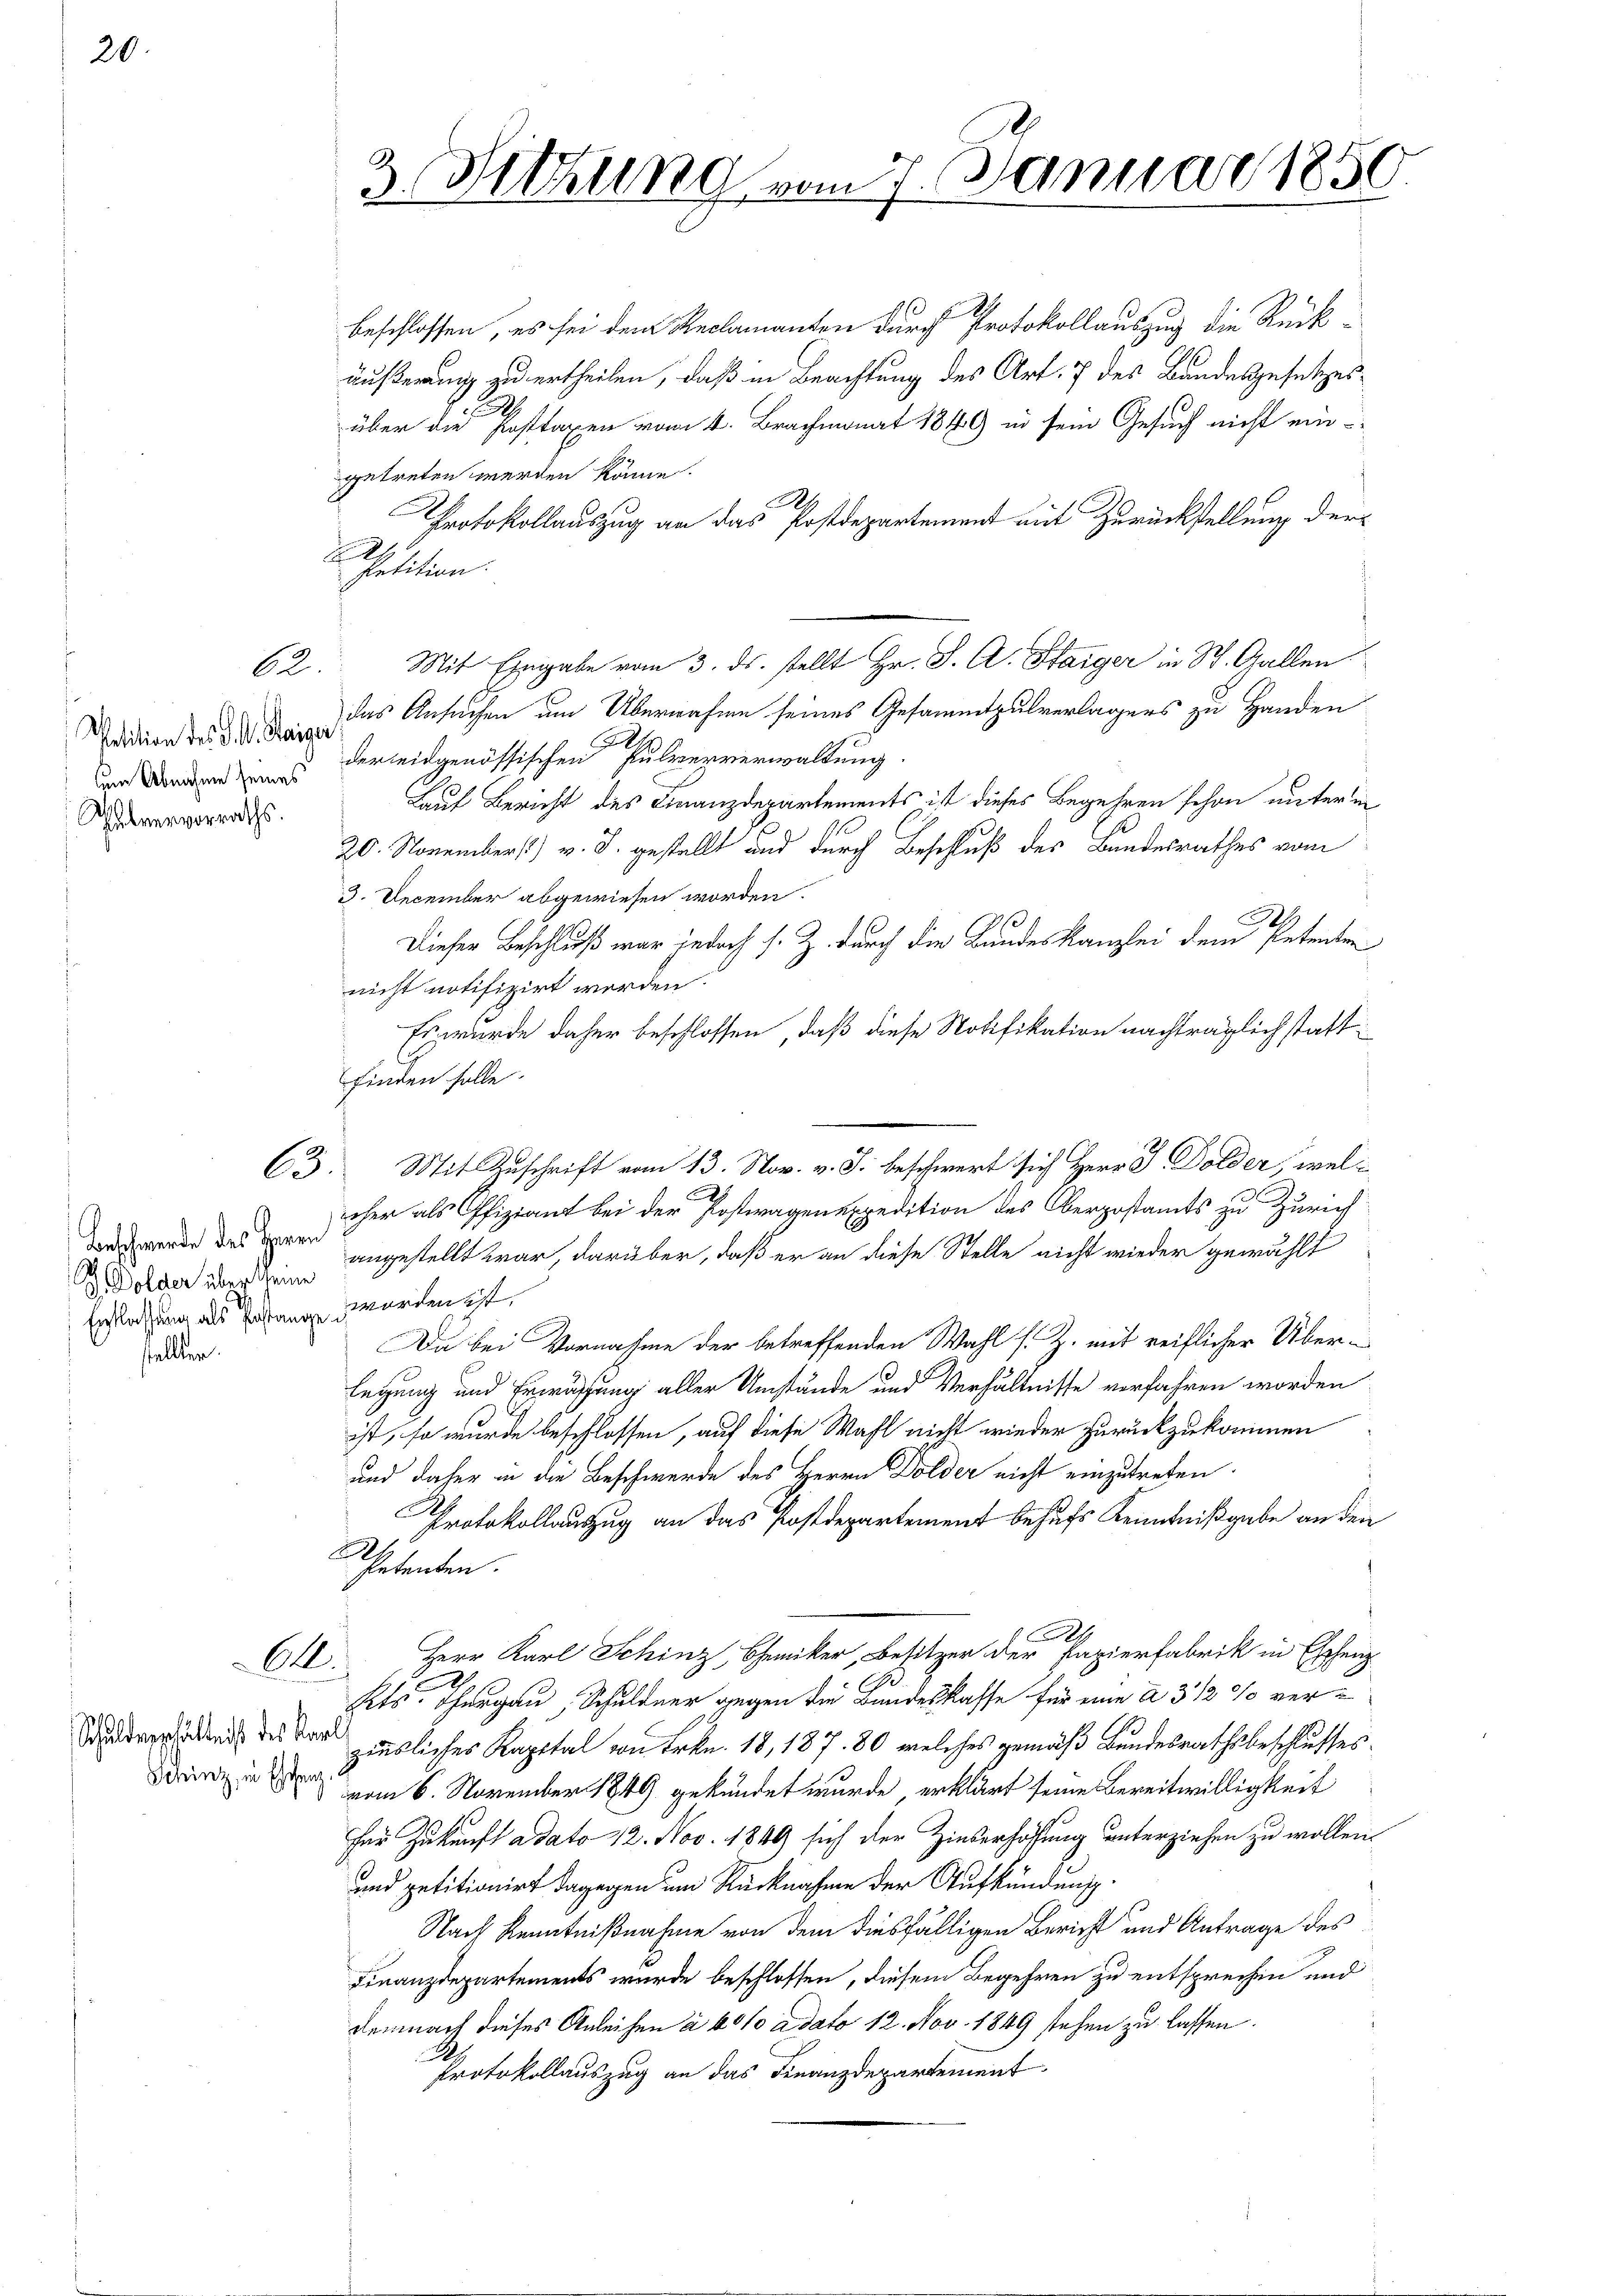
20.

62.

Petition des K. A. Waiser
Thelvervorraths.

63

J. Dolder über Scheine
stellten.

C.

beschlossen, es sei dem Reclamanten durch Protokollauszug die Rückäußerung zu ertheilen, daß in Beachtung des Art. 7 des Bandesgesetzesüber die Posttaxen vom 4. Brachmonat 1849 in sein Gesuch nicht eingetreten werden könne.
A
C
Protokollauszug an das Postdepartement mit Zurückstellung derd
Petition.
Mit Eingabe vom 3. ds. stellt Hr. J. A. Staiger in St. Gallen
das Ansuchen um Übernahme seines Gesammtpulverlagers zu Handen
 Baden in der eidgenössischen Pulververwaltung.
Lauf Bericht des Finanzdepartements ist dieses Begehren schon unterm
20. November) v. J. gestellt und durch Beschluß des Bundesrathes vom
3. December abgewiesen worden.
.
Dieser Beschluß war jedoch s. Z. durch die Bundeskanzlei dem Petenten
nicht notifizirt werden.
Es wurde daher beschlossen, daß diese Notifikation nachträglich stattfinden solle.
Mit Zuschrift vom 13. Nov. v. J. beschwert sich Herr J. Dolder, weleher als Offiziant bei der Postwagenexpedition des Oberpostamts zu Zürich
awerde des der angestellt war, darüber, daß er an diese Stelle nicht wieder gewählt
Entlassung als Gestange werden ist.
Da bei Vornahme der betreffenden Wahl s. Z. mit reiflicher Überlegung und Erwächung aller Umstände und Verhältnisse verfahren worden
ist, so wurde beschlossen, auf diese Wahl nicht wieder zurückzukommen
und daher in die Beschwerde des Herrn Dolder nicht einzutreten.
Protokollauszug an das Postdepartement behufs Kenntnißgabe an den
A
Thetenden.
A
Herr Karl Schinz, Chemiker, Besitzer der Papierfabrik in Eschenz
.
.
hts. Thurgau, Schuldner gegen die Bandeskasse für eine à 3 1/2 % ver-
dden des der gegliches Kapital von Frkn. 18, 187. 80 welches gemäß Bundesrathsbeschlusses.
   vom 6. November 1849 gekündet wurde, erklärt seine Bereitwilligkeit
für Zukunft adato 12. Nov. 1849 sich der Zinserhöhung unterziehen zu wollen.
und petitionirt dagegen um Rücknahme der Aufkündungs¬
Nach Kenntnißnahme von dem diesfälligen Bericht und Antrage des
Finanzdepartements wurde beschlossen, diesem Begehren zu entsprechen und
Demnach dieses Anleihen à 40/0 a dato 12. Nov. 1849 stehen zu lassen.
Protokollauszug an das Finanzdepartement

2. Sitzung vom 7. Januar 1850
w